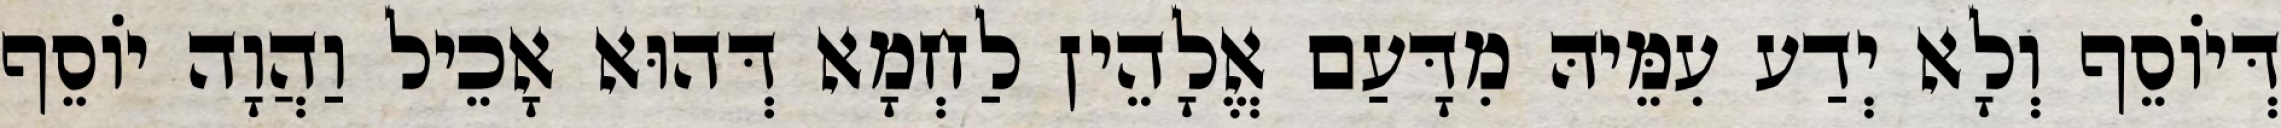
דְּיוֹסֵף וְלָא יְדַע עִמֵּיהּ מִדָּעַם אֱלָהֵין לַחְמָא דְּהוּא אָכֵיל וַהֲוָה יוֹסֵף